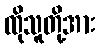
ထိုသူတို့အား